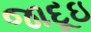
જાદૂઇ